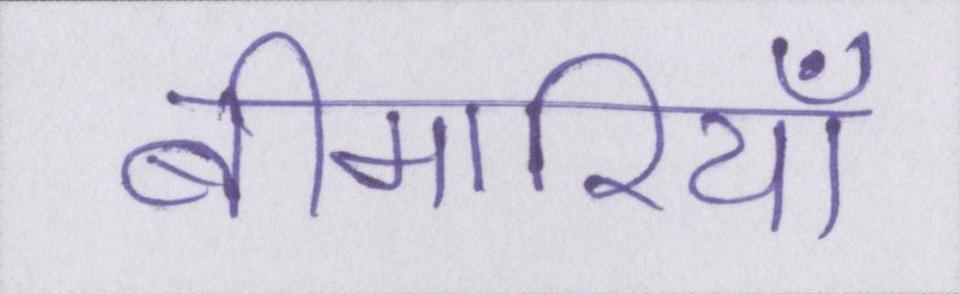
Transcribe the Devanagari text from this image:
बीमारियाँ